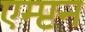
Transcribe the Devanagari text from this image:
एम्प्टन